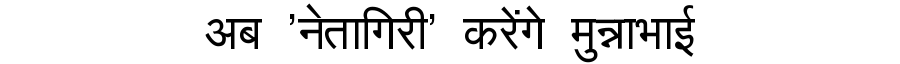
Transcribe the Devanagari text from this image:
अब 'नेतागिरी' करेंगे मुन्नाभाई